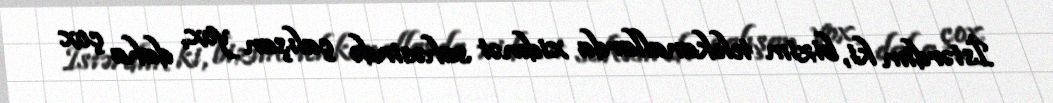
İstərdim ki, bizim telekanallarda xidmət sahəsində çalışan yox, daha çox